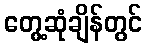
တွေ့ဆုံချိန်တွင်